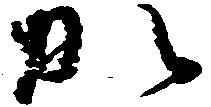
か